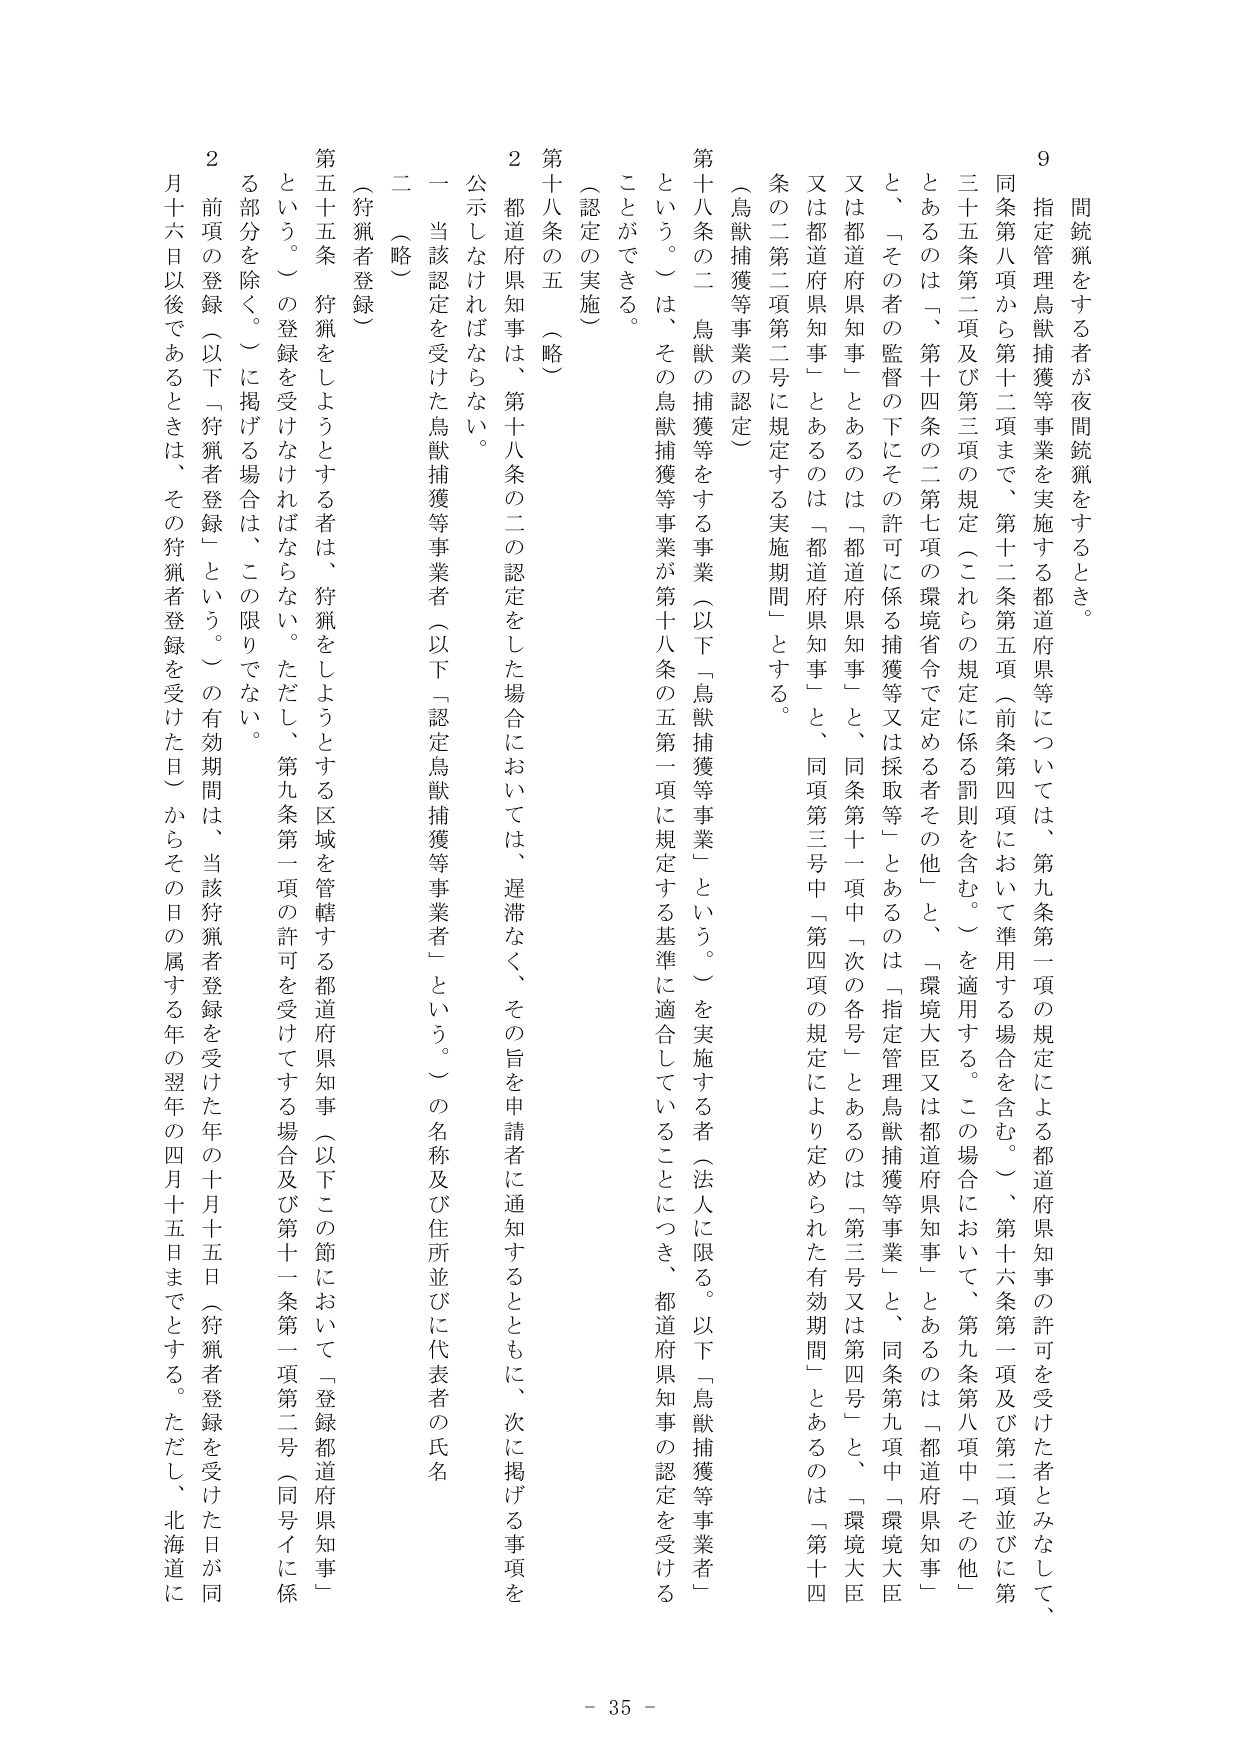
9 間銃猟をする者が夜間銃猟をするとき。
同条第八項から第十二項まで、第十二条第五項（前条第四項において準用する場合を含む。）、第十六条第一項及び第二項並びに第三十五条第二項及び第三項の規定（これらの規定に係る罰則を含む。）を適用する。この場合において、第九条第八項中「その他」とあるのは「、第十四条の二第七項の環境省令で定める者その他」と、「環境大臣又は都道府県知事」とあるのは「都道府県知事」と、同条第九項中「環境大臣又は都道府県知事」とあるのは「都道府県知事」と、同条第十一項中「次の各号」とあるのは「第三号又は第四号」と、「環境大臣又は都道府県知事」とあるのは「都道府県知事」と、同項第三号中「第四項の規定により定められた有効期間」とあるのは「第十四条の二第二項第二号に規定する実施期間」とする。

（鳥獣捕獲等事業の認定）
第十八条の二 鳥獣の捕獲等をする事業（以下「鳥獣捕獲等事業」という。）を実施する者（法人に限る。以下「鳥獣捕獲等事業者」という。）は、その鳥獣捕獲等事業が第十八条の五第一項に規定する基準に適合していることにつき、都道府県知事の認定を受けることができる。

（認定の実施）
第十八条の五（略）
2 都道府県知事は、第十八条の二の認定をした場合においては、遅滞なく、その旨を申請者に通知するとともに、次に掲げる事項を公示しなければならない。
一 当該認定を受けた鳥獣捕獲等事業者（以下「認定鳥獣捕獲等事業者」という。）の名称及び住所並びに代表者の氏名
二（略）

（狩猟者登録）
第五十五条 狩猟をしようとする者は、狩猟をしようとする区域を管轄する都道府県知事（以下この節において「登録都道府県知事」という。）の登録を受けなければならない。ただし、第九条第一項の許可を受けてする場合及び第十一条第一項第二号（同号イに係る部分を除く。）に掲げる場合は、この限りでない。
2 前項の登録（以下「狩猟者登録」という。）の有効期間は、当該狩猟者登録を受けた年の十月十五日（狩猟者登録を受けた日が同月十六日以後であるときは、その狩猟者登録を受けた日）からその日の属する年の翌年の四月十五日までとする。ただし、北海道に

- 35 -